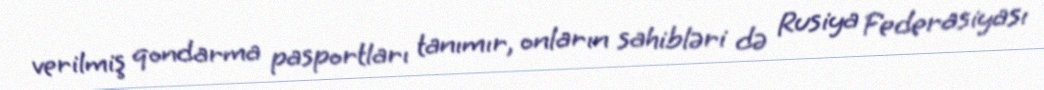
verilmiş qondarma pasportları tanımır, onların sahibləri də Rusiya Federasiyası